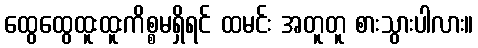
ထွေထွေထူးထူးကိစ္စမရှိရင် ထမင်း အတူတူ စားသွားပါလား။